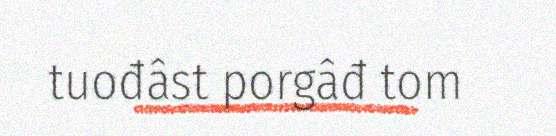
tuođâst porgâđ tom